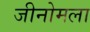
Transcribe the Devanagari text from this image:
जीनोमला